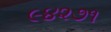
૯૪૨૭૧